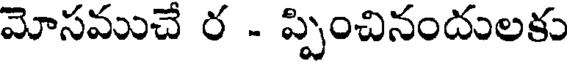
మోసముచే ర - ప్పించినందులకు